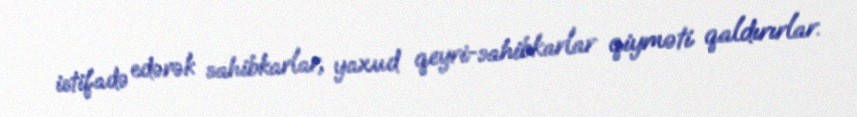
istifadə edərək sahibkarlar, yaxud qeyri-sahibkarlar qiyməti qaldırırlar.